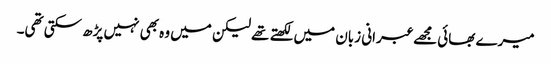
میرے بھائی مجھے عبرانی زبان میں لکھتے تھے لیکن میں وہ بھی نہیں پڑھ سکتی تھی۔